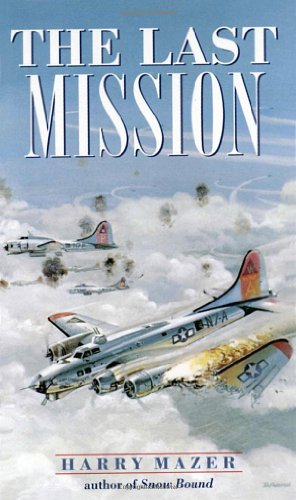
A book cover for The Last Mission (Laurel-Leaf Historical Fiction); Harry Mazer; Teen & Young Adult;